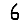
Digit: 6